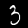
Digit: 3